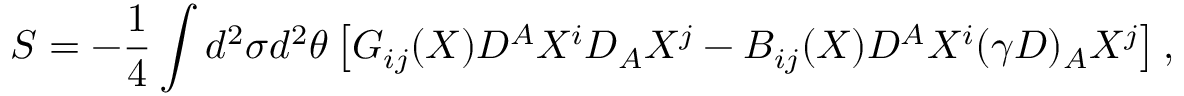
S = - \frac { 1 } { 4 } \int d ^ { 2 } \sigma d ^ { 2 } \theta \left[ G _ { i j } ( X ) D ^ { A } X ^ { i } D _ { A } X ^ { j } - B _ { i j } ( X ) D ^ { A } X ^ { i } ( \gamma D ) _ { A } X ^ { j } \right] ,